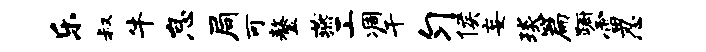
乐叔牛怠局可鏊燕工凋午匀侯妄琰篇蹰雷忍